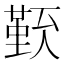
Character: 𠏏